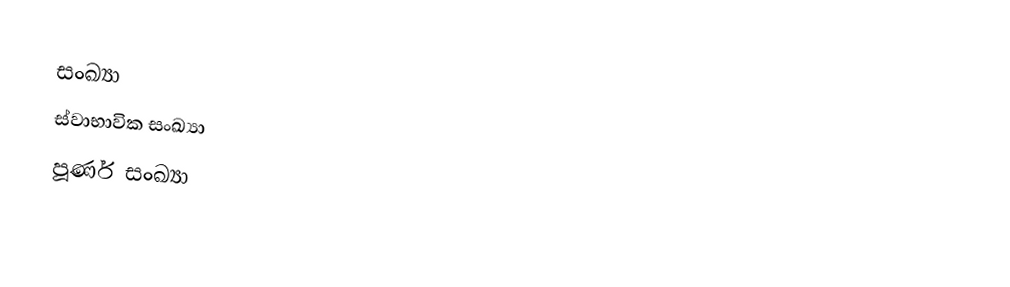
සංඛ්‍යා
ස්වාභාවික සංඛ්‍යා
පූර්ණ සංඛ්‍යා